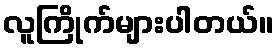
လူကြိုက်များပါတယ်။